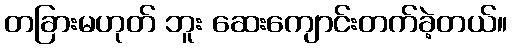
တခြားမဟုတ် ဘူး ဆေးကျောင်းတက်ခဲ့တယ်။